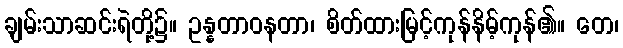
ချမ်းသာဆင်းရဲတို့၌။ ဥန္နတာဝနတာ၊ စိတ်ထားမြင့်ကုန်နိမ့်ကုန်၏။ တေ၊